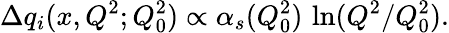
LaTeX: \Delta q_{i}(x,Q^{2};Q_{0}^{2})\propto\alpha_{s}(Q_{0}^{2})\, \ln(Q^{2}/Q_{0}^{2}).